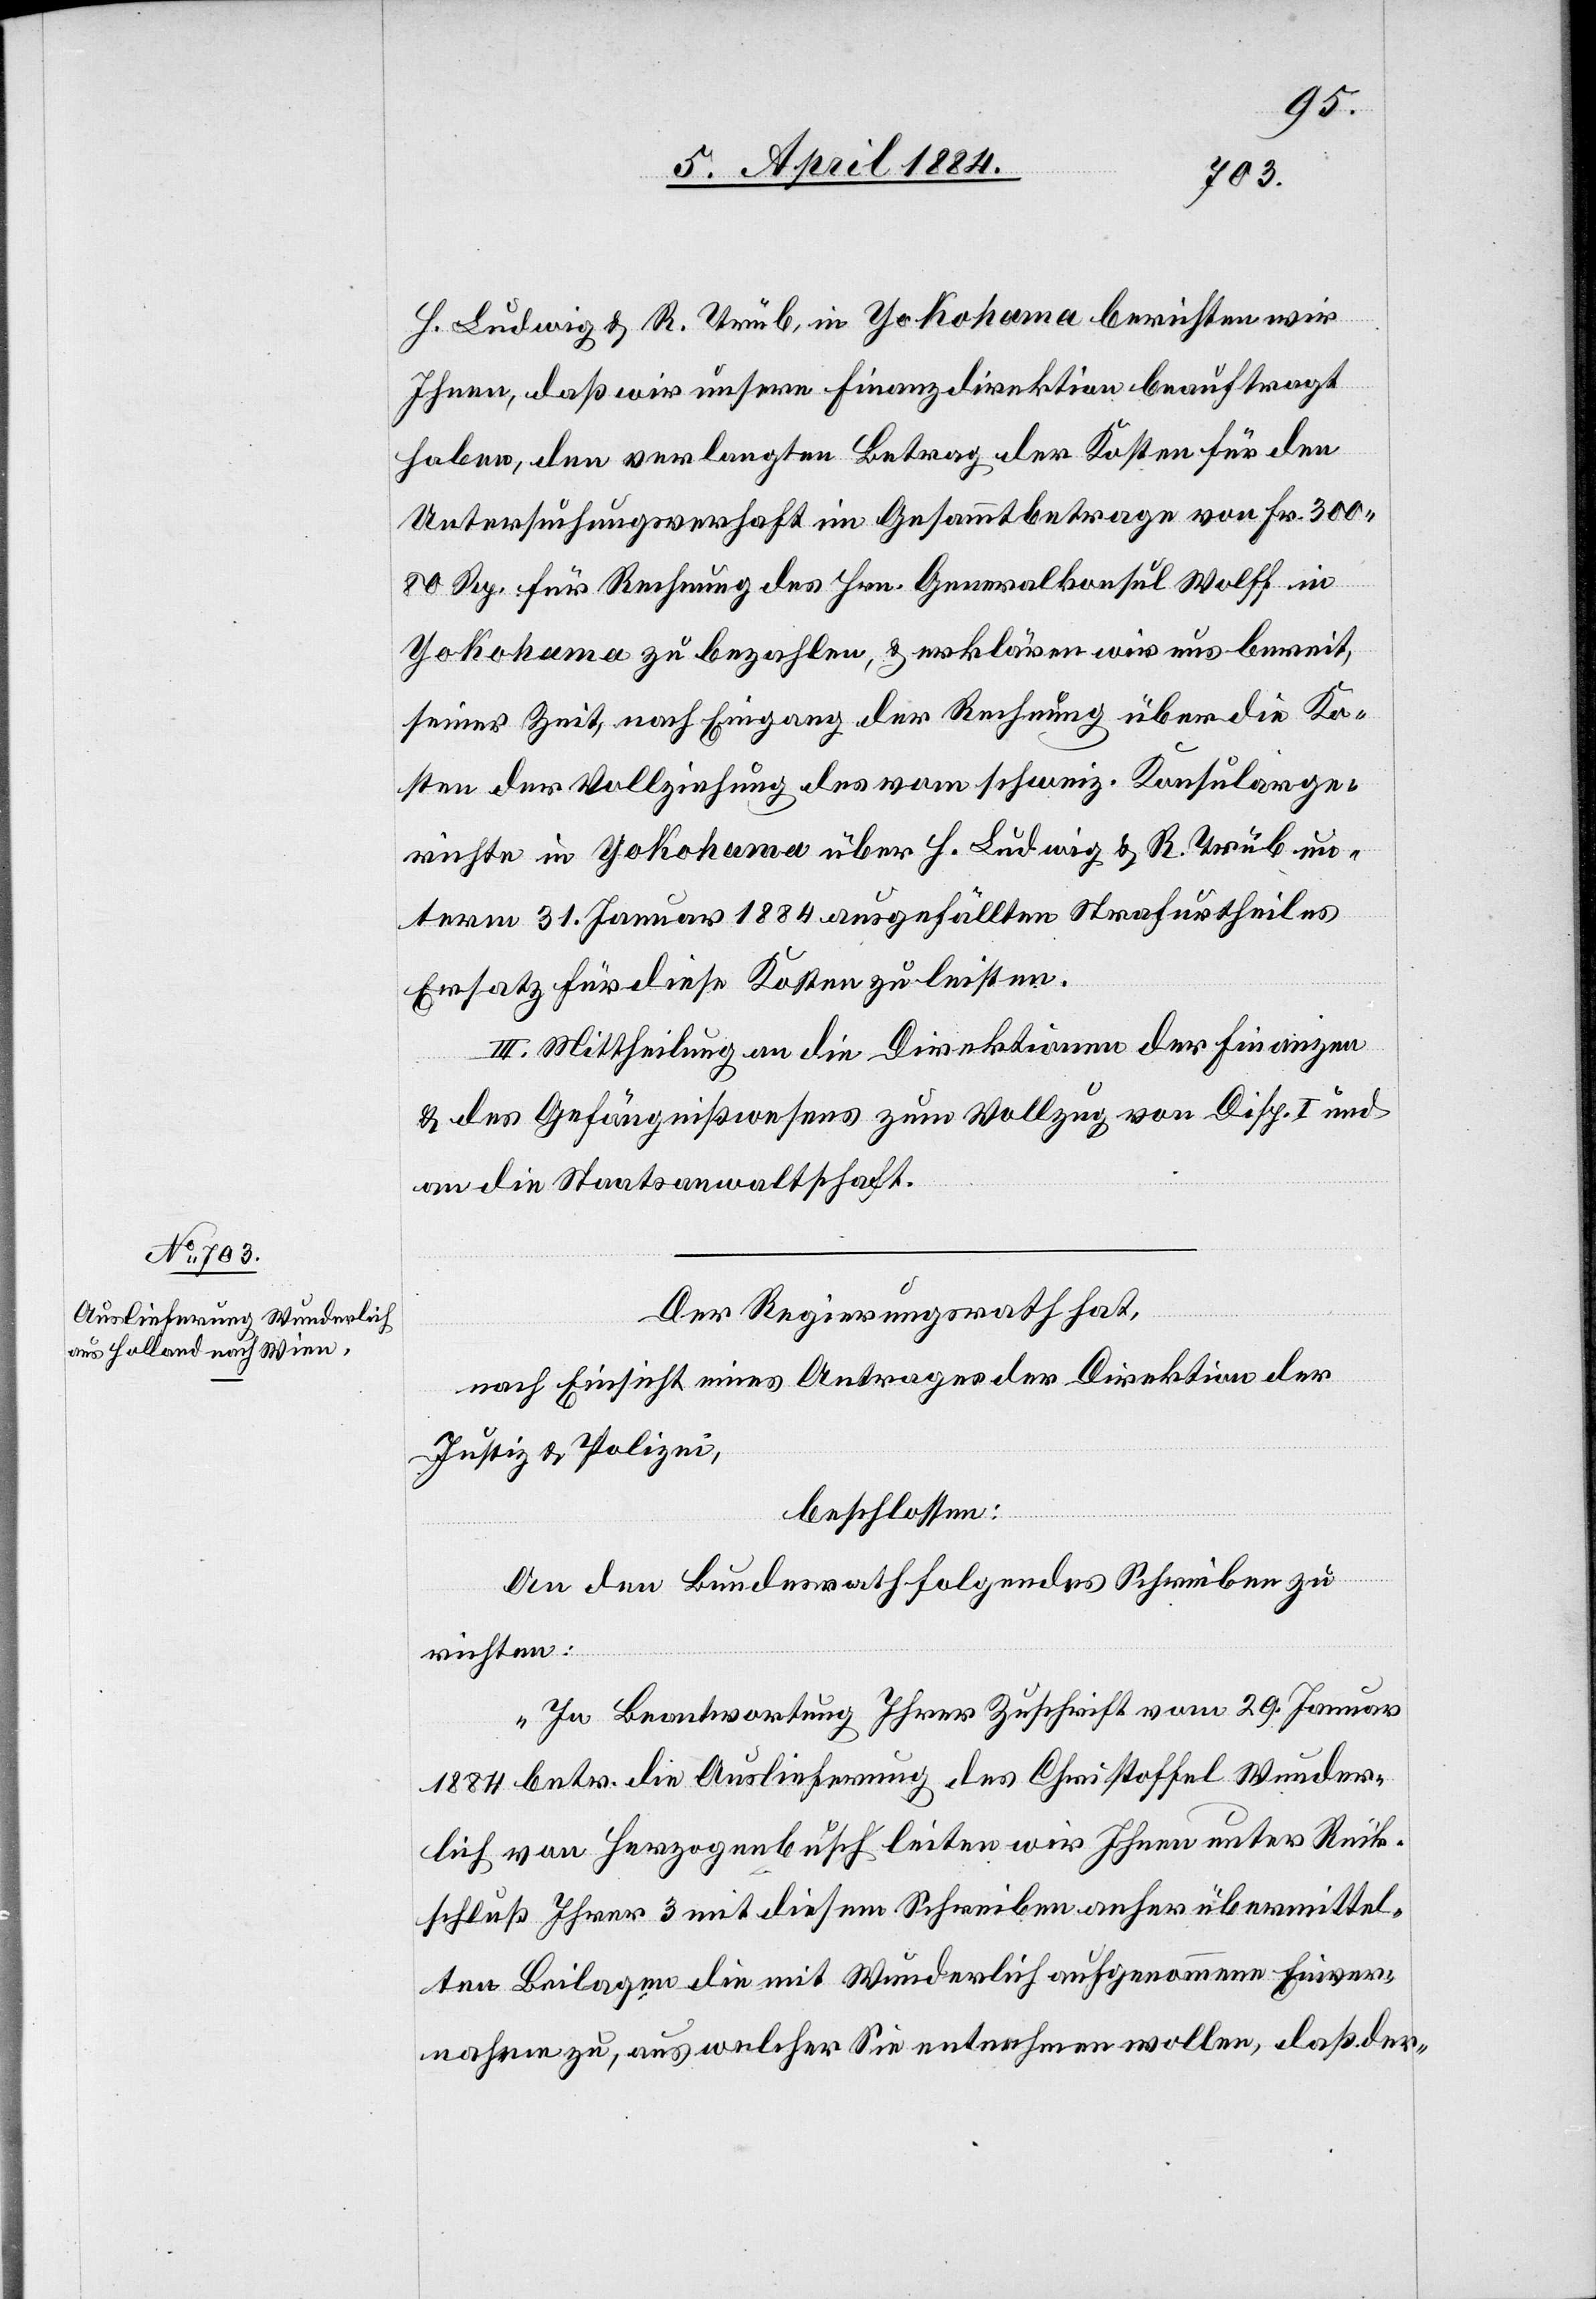
H. Ludwig & R. Trüb, in Yokohama berichten wir
Ihnen, daß wir unsere Finanzdirektion beauftragt
haben, den verlangten Betrag der Kosten für den
Untersuchungsverhaft im Gesammtbetrage von Fr. 300
80 Rp. für Rechnung des Hrn. Generalkonsul Wolff in
Yokohama zu bezahlen, & erklären wir uns bereit,
seiner Zeit, nach Eingang der Rechnung über die Ko¬
sten der Vollziehung des vom schweiz. Konsularge¬
richte in Yokohama über H. Ludwig & R. Trüb un¬
term 31. Januar 1884 ausgefällten Strafurtheiles
Ersatz für diese Kosten zu leisten.
III. Mittheilung an die Direktionen der Finanzen
tel¬
& des Gefängnißwesens zum Vollzug von Disp. I. und
an die Staatsanwaltschaft.
Der Regierungsrath hat,
nach Einsicht eines Antrages der Direktion der
Justiz & Polizei,
beschlossen:
An den Bundesrath folgendes Schreiben zu
sicht an¬
„In Beantwortung Ihrer Zuschrift vom 29. Januar
1884 betr. die Auslieferung des Christoffel Wunder¬
lich von Herzogenbusch leiten wir Ihnen unter Rück¬
ten Beilagen die mit Wunderlich aufgenommene Einver¬
nahme zu, welcher Sie entnehmen wollen, daß der-